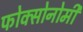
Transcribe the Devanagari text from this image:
फोक्सोनोमी